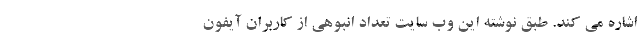
اشاره می کند. طبق نوشته این وب سایت تعداد انبوهی از کاربران آیفون